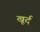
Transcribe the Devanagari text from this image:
खूर्द